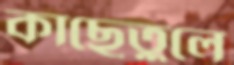
কাছেতুলে